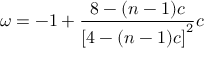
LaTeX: \omega = - 1 + \frac { 8 - ( n - 1 ) c } { \left[ 4 - ( n - 1 ) c \right] ^ { 2 } } c